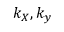
k _ { X } , k _ { y }